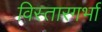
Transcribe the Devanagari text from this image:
विस्तारगर्भा